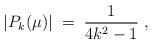
\begin{align*}|P_k(\mu)| \; = \; \frac{1}{4k^2 - 1} \; ,\end{align*}